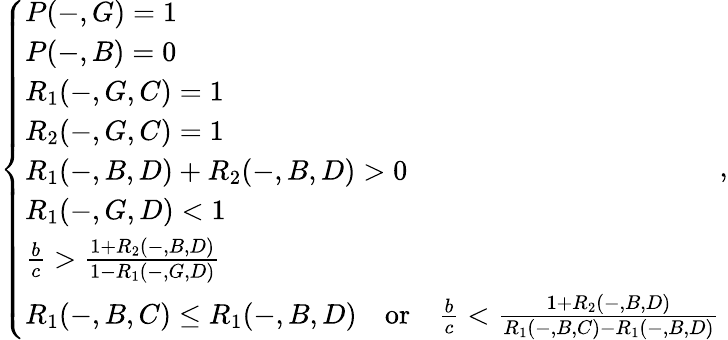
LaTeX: \left\{ \begin{array}{ll}{P(-,G)=1}\\ {P(-,B)=0}\\ {R_{1}(-,G,C)=1}\\ {R_{2}(-,G,C)=1}\\ {R_{1}(-,B,D)+R_{2}(-,B,D)>0}\\ {R_{1}(-,G,D)<1}\\ {\frac{b}{c}>\frac{1+R_{2}(-,B,D)}{1-R_{1}(-,G,D)}}\\ {R_{1}(-,B,C)\leq R_{1}(-,B,D){\quad\mathrm{or}\quad}\frac{b}{c}<\frac{1+R_{2}(-,B,D)}{R_{1}(-,B,C)-R_{1}(-,B,D)}}\end{array}\right.,